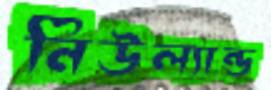
নিউল্যান্ড